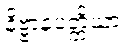
နိဗ္ဗာနပတ္တိယာ